Subject: cs
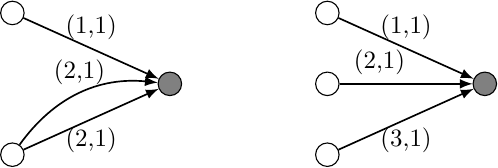
LaTeX code:
\begin{tikzpicture}[scale=0.5, every node/.style={scale=0.9}, >=latex]
    \node[circle, draw, minimum size=0.3cm] (A) at  (0,0) {};
    \node[circle, draw, minimum size=0.3cm] (B) at  (0,3.6) {};
    \node[circle, draw, minimum size=0.3cm, fill=gray] (C) at  (4,1.8) {};
    \draw [semithick,->] (A) edge [bend left] node[pos=0.5,above] {(2,1)} (C);
    \draw [semithick,->] (A) -- (C) node[pos=0.5,below] {(2,1)};
    \draw [semithick,->] (B) -- (C) node[pos=0.5,above] {(1,1)};

    \node[circle, draw, minimum size=0.3cm] (A2) at  (8,3.6) {};
    \node[circle, draw, minimum size=0.3cm] (B2) at  (8,1.8) {};
    \node[circle, draw, minimum size=0.3cm, fill=gray] (C2) at  (12,1.8) {};
    \node[circle, draw, minimum size=0.3cm] (D2) at  (8,0) {};
    \draw [semithick,->] (A2) -- (C2) node[pos=0.5,above] {(1,1)};
    \draw [semithick,->] (B2) -- (C2) node[pos=0.3,above] {(2,1)};
    \draw [semithick,->] (D2) -- (C2) node[pos=0.5,below] {(3,1)};
\end{tikzpicture}